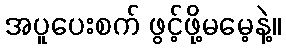
အပူပေးစက် ဖွင့်ဖို့မမေ့နဲ့။